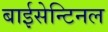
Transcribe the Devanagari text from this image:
बाईसेन्टिनल